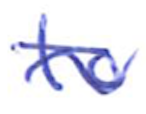
Text: to
Cross-out: wave
Writing tool: ballpoint